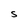
Character: S